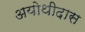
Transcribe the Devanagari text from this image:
अयोथीदास